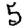
Digit: 5